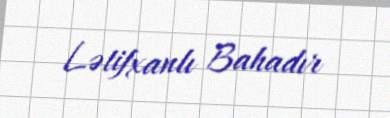
Lətifxanlı Bahadır